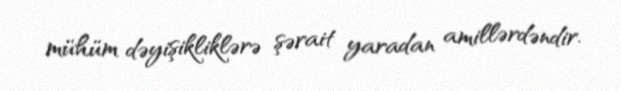
mühüm dəyişikliklərə şərait yaradan amillərdəndir.